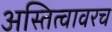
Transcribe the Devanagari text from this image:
अस्तित्वावरच